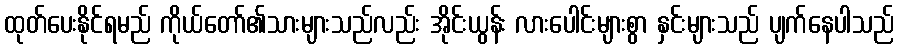
ထုတ်ပေးနိုင်ရမည် ကိုယ်တော်၏သားများသည်လည်း အိုင်းယွန်း လားပေါင်းများစွာ နှင်းများသည် ပျက်နေပါသည်